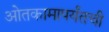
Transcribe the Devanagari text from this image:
ओतकामापर्यंतची